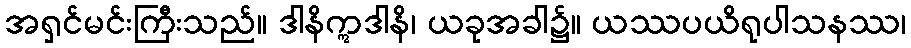
အရှင်မင်းကြီးသည်။ ဒါနိဣဒါနိ၊ ယခုအခါ၌။ ယဿပယိရုပါသနဿ၊